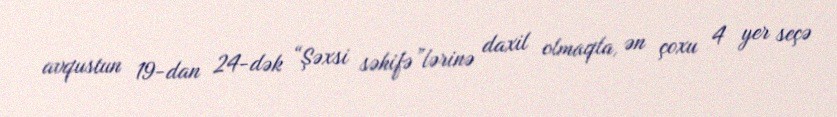
avqustun 19-dan 24-dək “Şəxsi səhifə”lərinə daxil olmaqla, ən çoxu 4 yer seçə